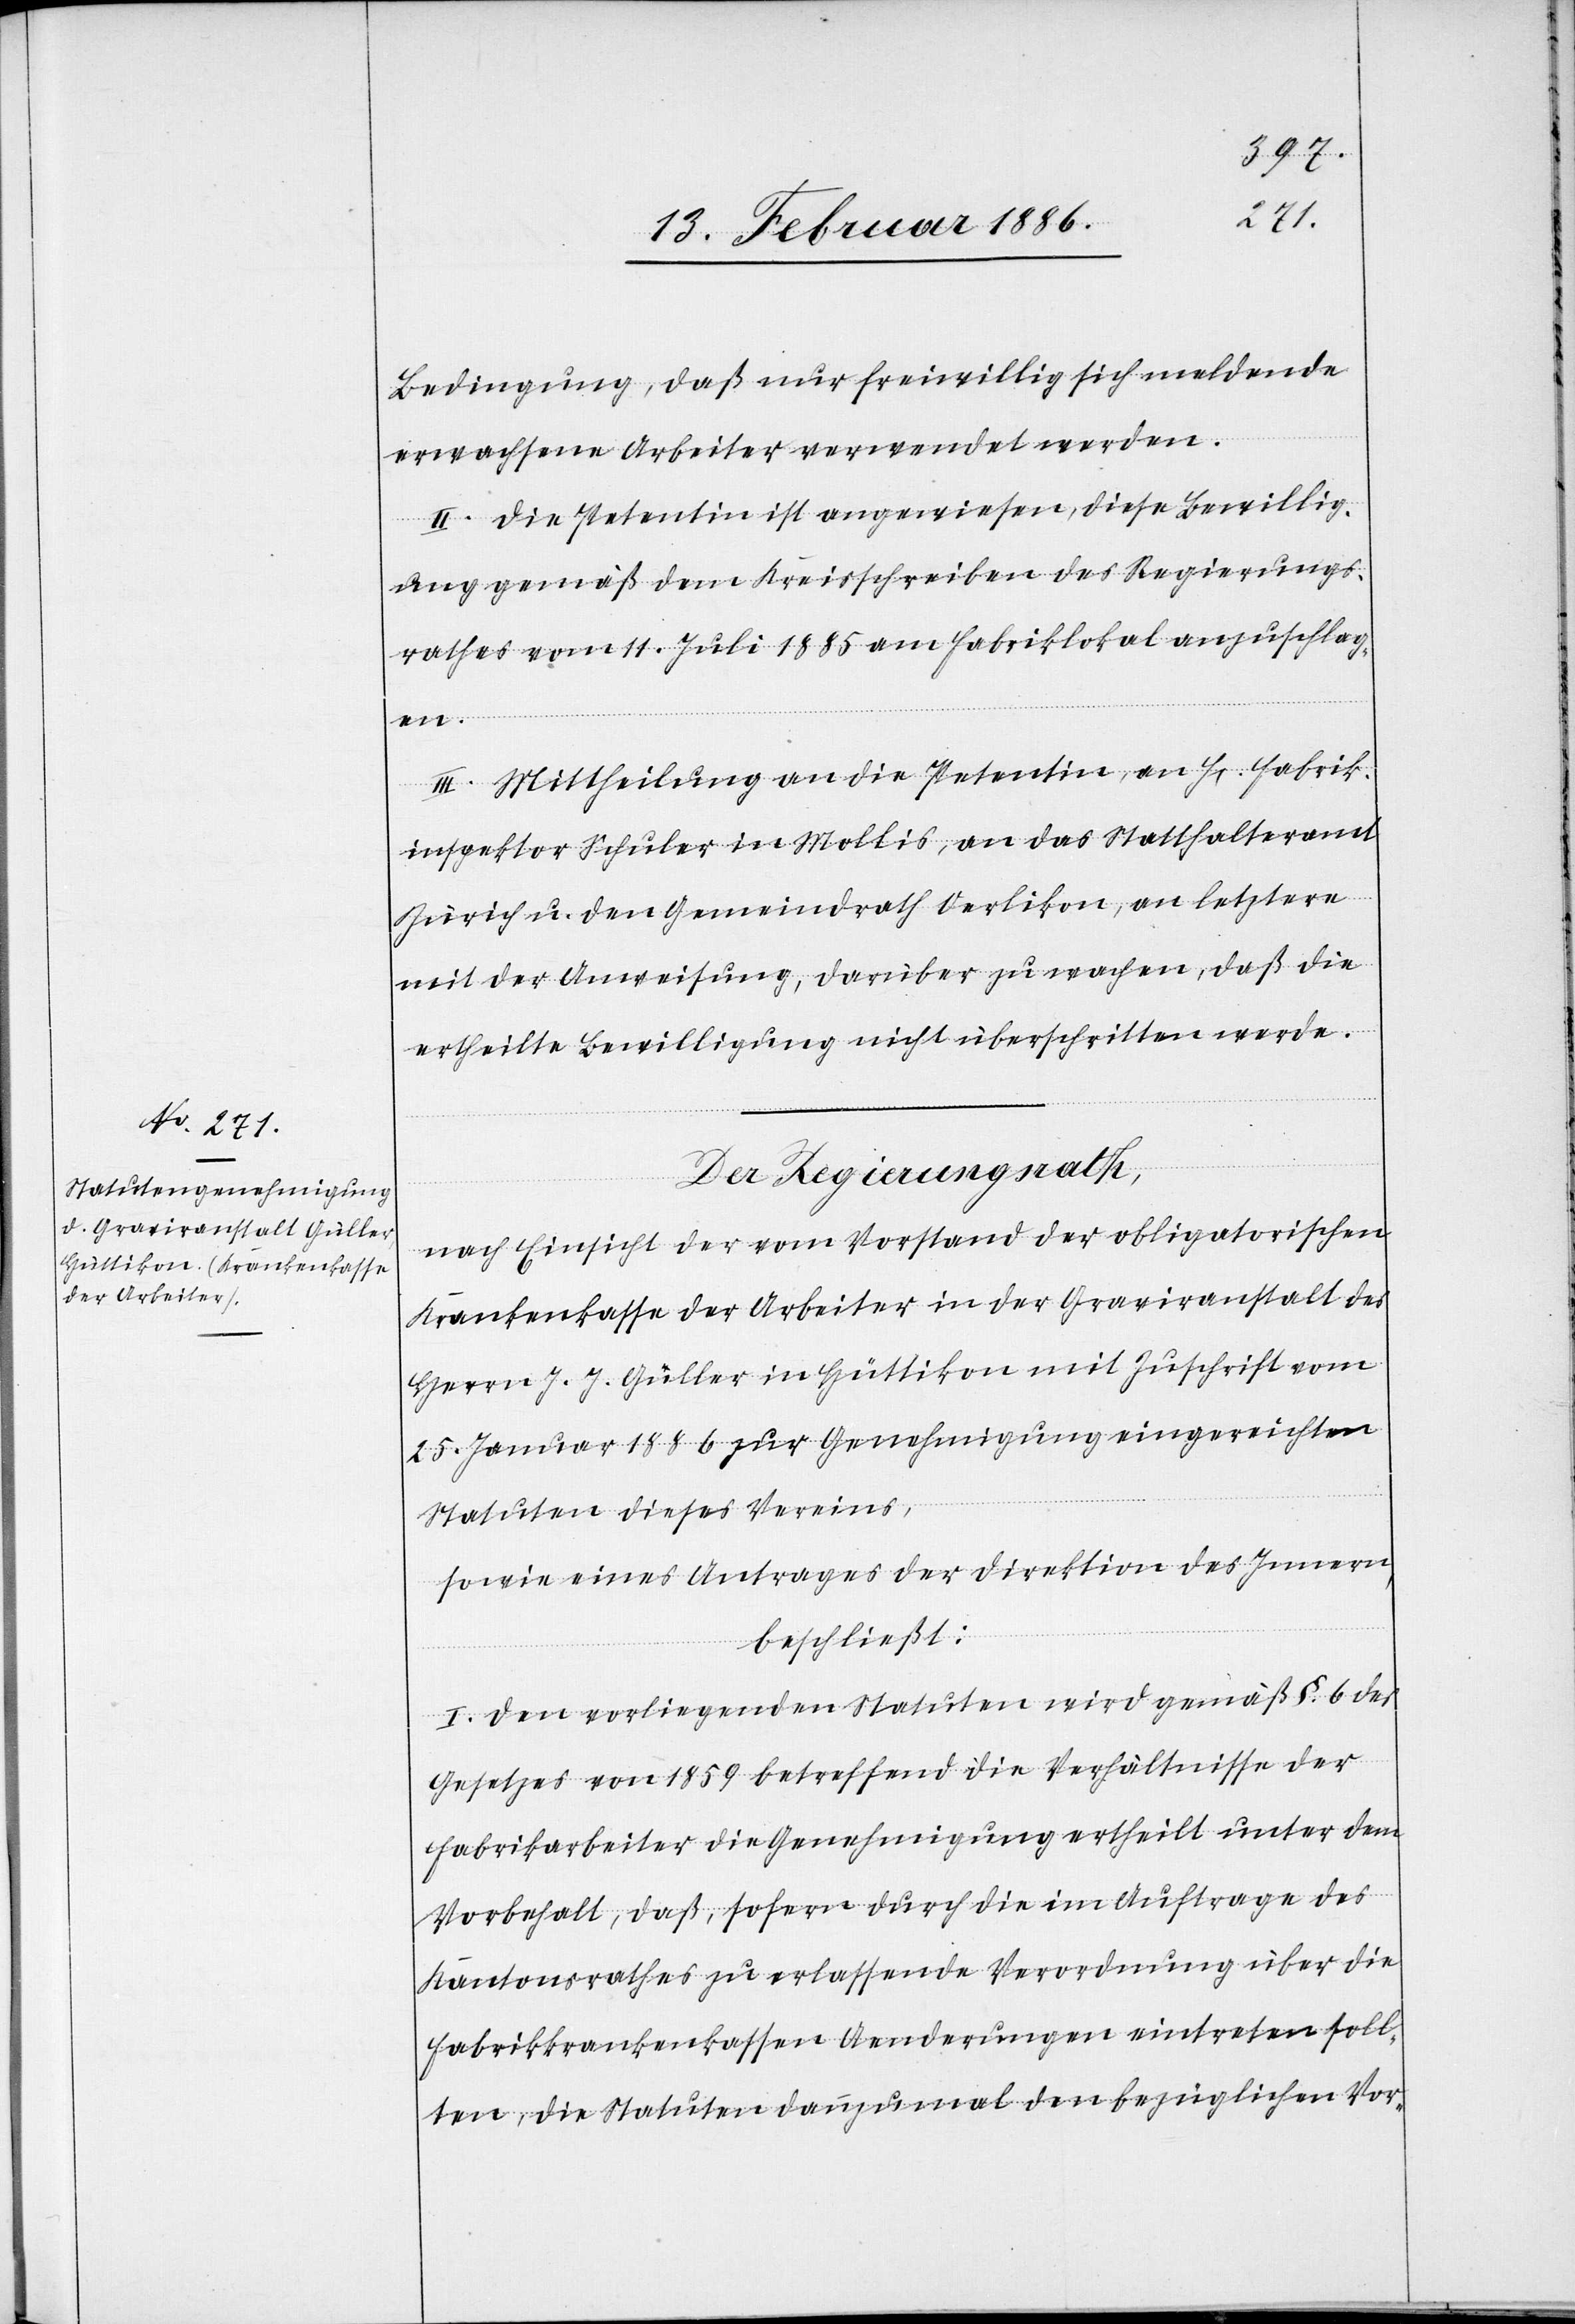
Bedingung, daß nur freiwillig sich meldende
erwachsene Arbeiter verwendet werden.
II. Die Petentin ist angewiesen, diese Bewillig¬
ung gemäß dem Kreisschreiben des Regierungs¬
rathes vom 11. Juli 1885 am Fabriklokal anzuschlag¬
en.
III. Mittheilung an die Petentin, an Hr. Fabrik¬
inspektor Schuler in Mollis, an das Statthalteramt
Zürich u. den Gemeindrath Oerlikon, an letztern
mit der Anweisung, darüber zu wachen, daß die
ertheilte Bewilligung nicht überschritten werde.
Der Regierungsrath,
nach Einsicht der vom Vorstand der obligatorischen
Krankenkasse der Arbeiter in der Graviranstalt des
Herrn J. J. Güller in Hüttikon mit Zuschrift vom
25. Januar 1886 zur Genehmigung eingereichten
Statuten dieses Vereins,
sowie eines Antrages der Direktion des Innern,
beschließt:
I. Den vorliegenden Statuten wird gemäß §. 6 des
Gesetzes von 1859 betreffend die Verhältnisse der
Fabrikarbeiter die Genehmigung ertheilt unter dem
Vorbehalt, daß, sofern durch die im Auftrage des
Kantonsrathes zu erlassende Verordnung über die
Fabrikkrankenkassen Aenderungen eintreten soll¬
ten, die Statuten dannzumal den bezüglichen Vor-